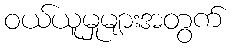
ဝယ်ယူမှုများအတွက်